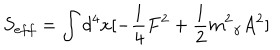
LaTeX: S _ { e f f } = \int { d ^ { 4 } x [ - \frac { 1 } { 4 } F ^ { 2 } + \frac { 1 } { 2 } { m ^ { 2 } } _ { \gamma } A ^ { 2 } ] }